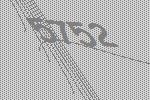
5752